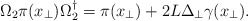
\begin{align*}\Omega_2 \pi(x_\perp) \Omega_2^\dagger = \pi(x_\perp) + {2L}\Delta_\perp \gamma (x_\perp).\end{align*}